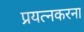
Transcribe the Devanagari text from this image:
प्रयत्नकरना